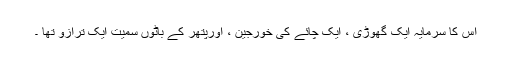
اس کا سرمایہ ایک گھوڑی ، ایک چائے کی خورجین ، اورپتھر کے باٹوں سمیت ایک ترازو تھا ۔